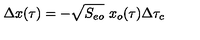
\Delta x ( \tau ) = - \sqrt { S _ { e o } } \ x _ { o } ( \tau ) \Delta \tau _ { c }